Civil Veterinary Dept. Bombay admin report 1907-1913 - 1907-1913
Year: 1907
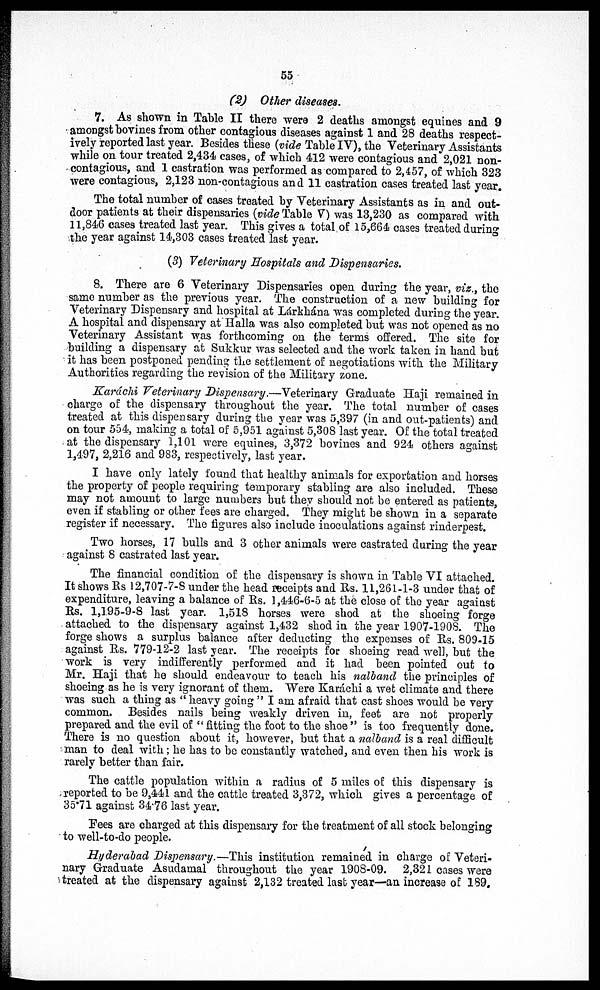
55
(2) Other diseases.
7. As shown in Table II there were 2 deaths amongst equines and 9
amongst bovines from other contagious diseases against 1 and 28 deaths respect-
ively reported last year. Besides these (vide Table IV), the Veterinary Assistants
while on tour treated 2,434 cases, of which 412 were contagious and 2,021 non-
contagious, and 1 castration was performed as compared to 2,457, of which 323
were contagious, 2,123 non-contagious and 11 castration cases treated last year.
The total number of cases treated by Veterinary Assistants as in and out-
door patients at their dispensaries (vide Table V) was 13,230 as compared with
11,846 cases treated last year. This gives a total of 15,664 cases treated during
the year against 14,303 cases treated last year.
(3) Veterinary Hospitals and Dispensaries.
8. There are 6 Veterinary Dispensaries open during the year, viz., the
same number as the previous year. The construction of a new building for
Veterinary Dispensary and hospital at Lárkhána was completed during the year.
A hospital and dispensary at Halla was also completed but was not opened as no
Veterinary Assistant was forthcoming on the terms offered. The site for
building a dispensary at Sukkur was selected and the work taken in hand but
it has been postponed pending the settlement of negotiations with the Military
Authorities regarding the revision of the Military zone.
Karáchi Veterinary Dispensary.—Veterinary Graduate Haji remained in
charge of the dispensary throughout the year. The total number of cases
treated at this dispensary during the year was 5,397 (in and out-patients) and
on tour 554, making a total of 5,951 against 5,308 last year. Of the total treated
at the dispensary 1,101 were equines, 3,372 bovines and 924 others against
1,497, 2,216 and 983, respectively, last year.
I have only lately found that healthy animals for exportation and horses
the property of people requiring temporary stabling are also included. These
may not amount to large numbers but they should not be entered as patients,
even if stabling or other fees are charged. They might be shown in a separate
register if necessary. The figures also include inoculations against rinderpest.
Two horses, 17 bulls and 3 other animals were castrated during the year
against 8 castrated last year.
The financial condition of the dispensary is shown in Table VI attached.
It shows Rs 12,707-7-S under the head receipts and Rs. 11,261-1-3 under that of
expenditure, leaving a balance of Rs. 1,446-6-5 at the close of the year against
Rs. 1,195-9-8 last year. 1,518 horses were shod at the shoeing forge
attached to the dispensary against 1,432 shod in the year 1907-1908. The
forge shows a surplus balance after deducting the expenses of Rs. 809-15
against Rs. 779-12-2 last year. The receipts for shoeing read well, but the
work is very indifferently performed and it had been pointed out to
Mr. Haji that he should endeavour to teach his nalband the principles of
shoeing as he is very ignorant of them. Were Karachi a wet climate and there
was such a thing as " heavy going " I am afraid that cast shoes would be very
common. Besides nails being weakly driven in, feet are not properly
prepared and the evil of "fitting the foot to the shoe" is too frequently done.
There is no question about it, however, but that a nalband is a real difficult
man to deal with; he has to be constantly watched, and even then his work is
rarely better than fair.
The cattle population within a radius of 5 miles of this dispensary is
reported to be 9,441 and the cattle treated 3,372, which gives a percentage of
35.71 against 34.76 last year.
Fees are charged at this dispensary for the treatment of all stock belonging
to well-to-do people.
Hyderabad Dispensary.—This institution remained in charge of Veteri-
nary Graduate Asudamal throughout the year 1908-09. 2,321 cases were
treated at the dispensary against 2,132 treated last year—an increase of 189.